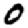
Digit: 0